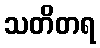
သတိတရ